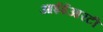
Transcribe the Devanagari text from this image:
आईईआरटी